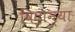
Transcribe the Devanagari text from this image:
विदान्या